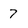
Character: 7